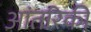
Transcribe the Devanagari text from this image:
आंतरिकी